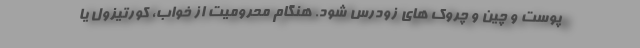
پوست و چین و چروک های زودرس شود. هنگام محرومیت از خواب، کورتیزول یا